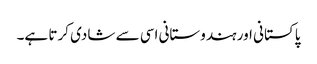
پاکستانی اور ہندوستانی اسی سے شادی کرتا ہے۔